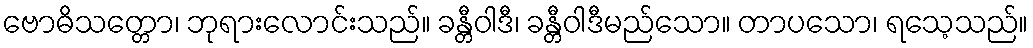
ဗောဓိသတ္တော၊ ဘုရားလောင်းသည်။ ခန္တီဝါဒီ၊ ခန္တီဝါဒီမည်သော။ တာပသော၊ ရသေ့သည်။